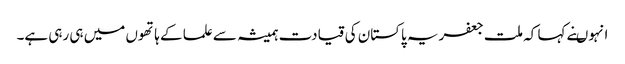
انہوںنے کہا کہ ملت جعفریہ پاکستان کی قیادت ہمیشہ سے علما کے ہاتھوں میں ہی رہی ہے۔